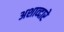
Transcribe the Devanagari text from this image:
अशाव्दारे